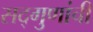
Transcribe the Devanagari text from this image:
सद्गुणांची